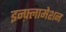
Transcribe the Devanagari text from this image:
इन्फ़्लामेशन